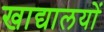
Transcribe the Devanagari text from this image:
खाद्यालयों